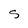
Character: S